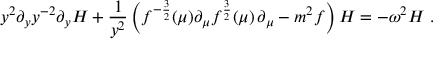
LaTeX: y ^ { 2 } \partial _ { y } y ^ { - 2 } \partial _ { y } H + { \frac { 1 } { y ^ { 2 } } } \left( f ^ { - { \frac { 3 } { 2 } } } ( \mu ) \partial _ { \mu } f ^ { { \frac { 3 } { 2 } } } ( \mu ) \, \partial _ { \mu } - m ^ { 2 } f \right) H = - \omega ^ { 2 } H \ .